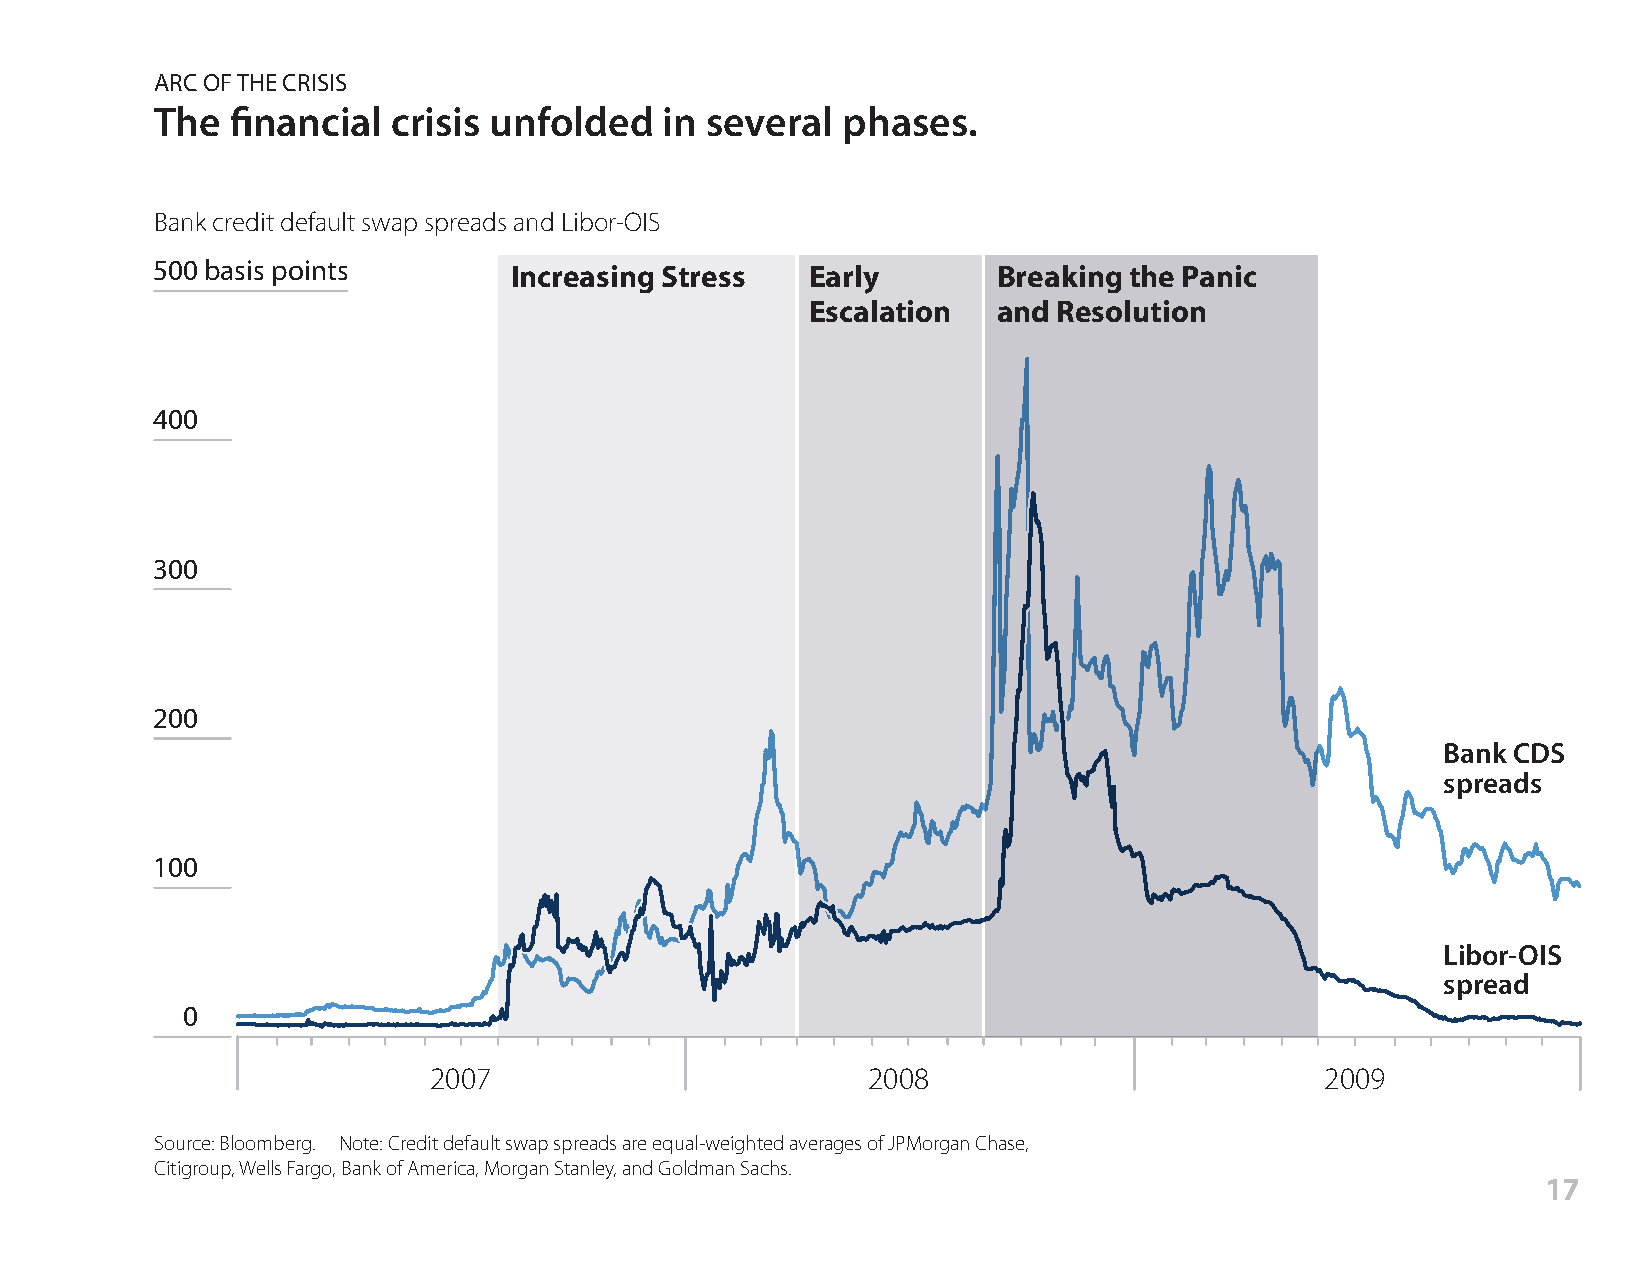
ARC OF THE CRISIS
 The  financial  crisis unfolded   in several  phases.
 Bank credit default swap spreads and Libor-OIS
 500 basis points        Increasing Stress   Early       Breaking the Panic
 Escalation  and Resolution
 400
 300
 200
 Bank CDS
 spreads
 100
 Libor-OIS
 spread
 0
 2007                         2008                           2009
 Source: Bloomberg. Note: Credit default swap spreads are equal-weighted averages of JPMorgan Chase,
 Citigroup, Wells Fargo, Bank of America, Morgan Stanley, and Goldman Sachs.
 17